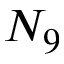
N _ { 9 }